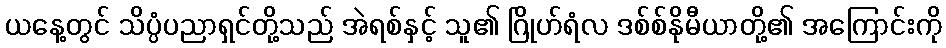
ယနေ့တွင် သိပ္ပံပညာရှင်တို့သည် အဲရစ်နှင့် သူ၏ ဂြိုဟ်ရံလ ဒစ်စ်နိုမီယာတို့၏ အကြောင်းကို